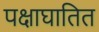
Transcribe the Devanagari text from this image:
पक्षाघातित